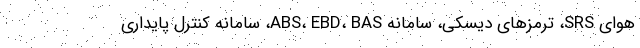
هوای SRS، ترمزهای دیسکی، سامانه ABS، EBD، BAS، سامانه کنترل پایداری